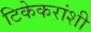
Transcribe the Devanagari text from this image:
टिकेकरांशी